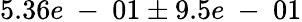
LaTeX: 5.36e\mathrm{~-~}01\pm 9.5e\mathrm{~-~}01